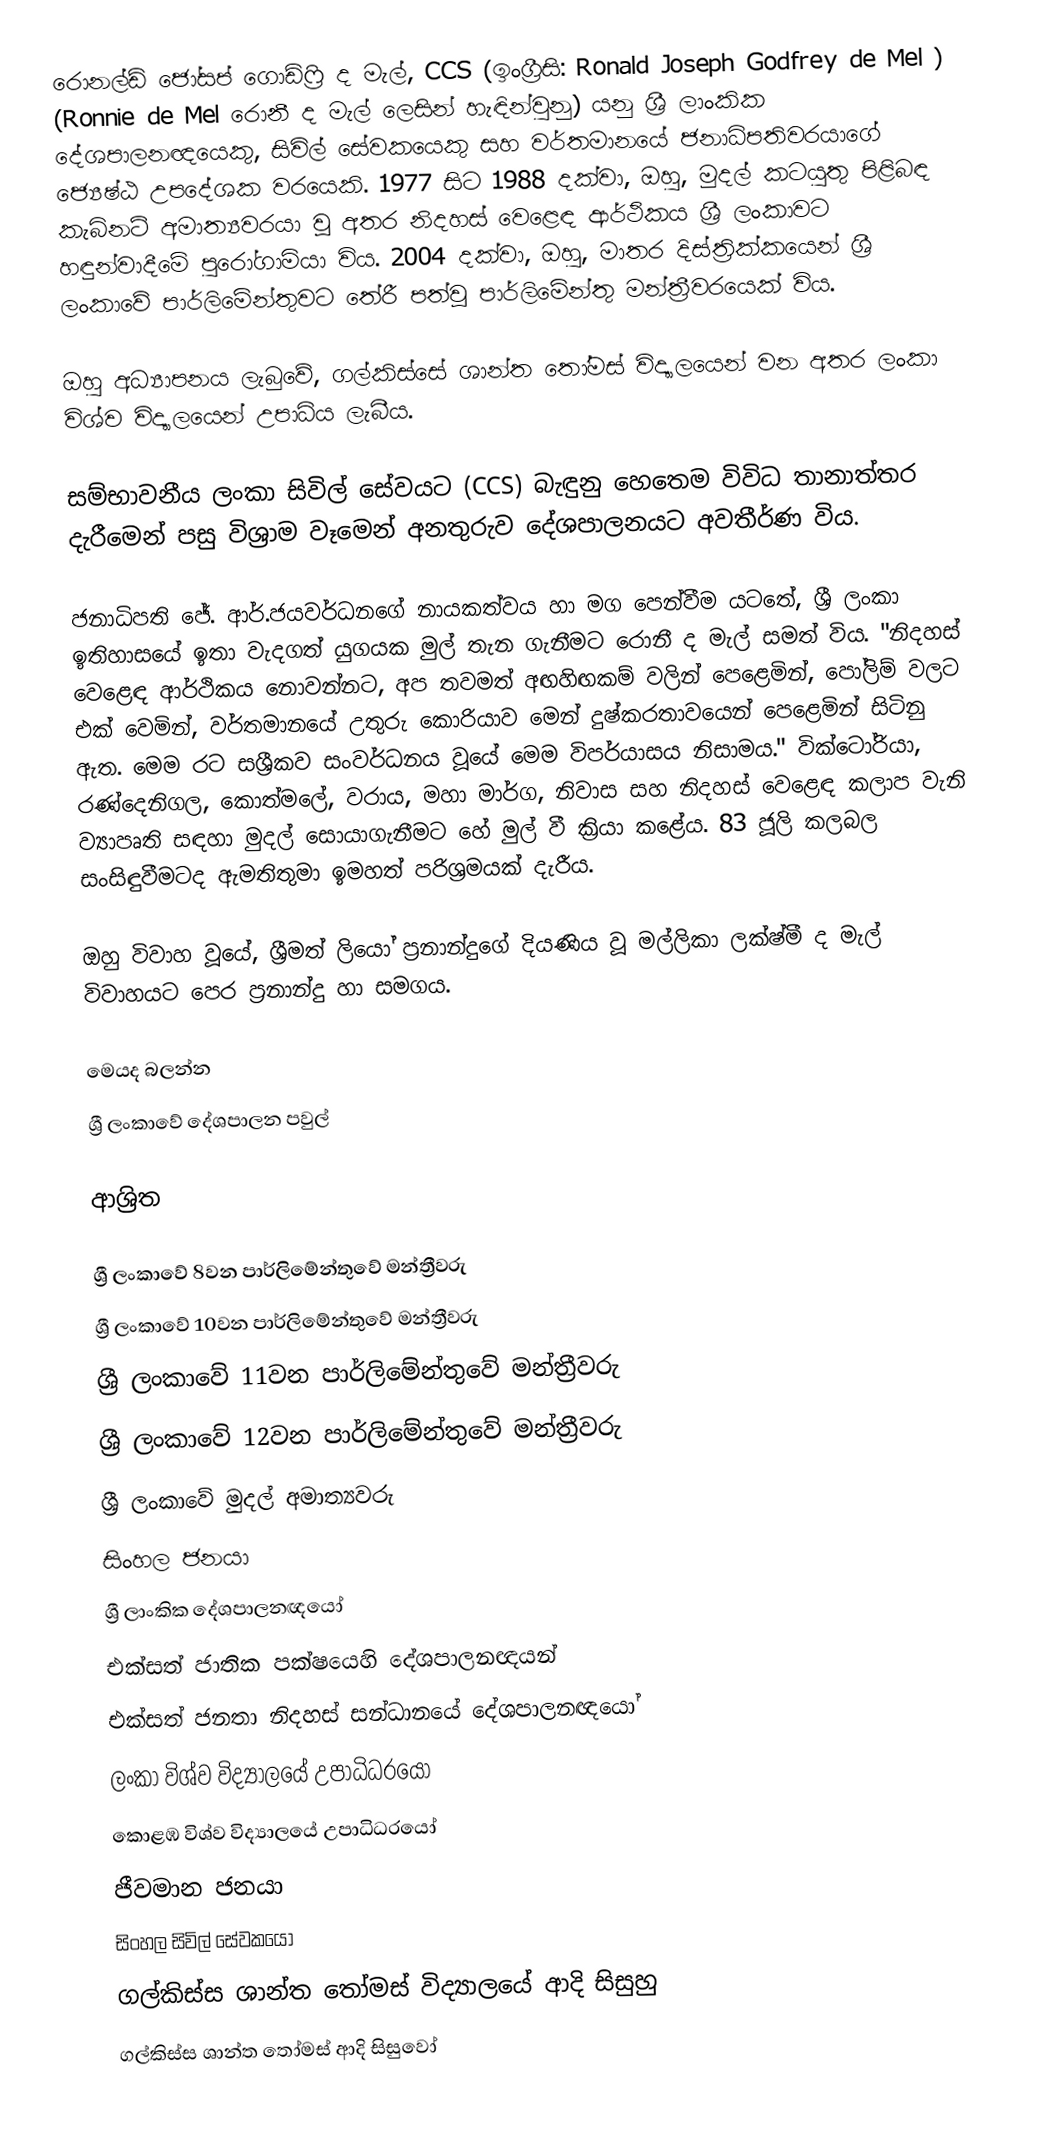
රොනල්ඩ් ජෝසප් ගොඩ්ෆ්‍රි ද මැල්, CCS (ඉංග්‍රීසි: Ronald Joseph Godfrey de Mel ) (Ronnie de Mel රොනී ද මැල් ලෙසින් හැඳින්වුනු) යනු  ශ්‍රී ලාංකික දේශපාලනඥයෙකු, සිවිල් සේවකයෙකු සහ වර්තමානයේ  ජනාධිපතිවරයාගේ ජ්‍යෙෂ්ඨ උපදේශක වරයෙකි. 1977 සිට  1988 දක්වා, ඔහු, මුදල් කටයුතු පිළිබඳ කැබිනට් අමාත්‍යවරයා වූ අතර නිදහස් වෙළෙඳ ආර්ථිකය ශ්‍රී ලංකාවට හඳුන්වාදීමේ පුරෝගාමියා විය. 2004 දක්වා, ඔහු,  මාතර දිස්ත්‍රික්කයෙන් ශ්‍රී ලංකාවේ පාර්ලිමේන්තුවට තේරී පත්වූ පාර්ලිමේන්තු මන්ත්‍රීවරයෙක් විය.

ඔහු අධ්‍යාපනය ලැබුවේ,  ගල්කිස්සේ ශාන්ත තෝමස් විද්‍යාලයෙන් වන අතර  ලංකා විශ්ව විද්‍යාලයෙන් උපාධිය ලැබීය.

සම්භාවනීය ලංකා සිවිල් සේවයට (CCS) බැඳුනු හෙතෙම විවිධ තානාත්තර දැරීමෙන් පසු විශ්‍රාම වෑමෙන් අනතුරුව දේශපාලනයට අවතීර්ණ විය.

ජනාධිපති  ජේ. ආර්.ජයවර්ධනගේ නායකත්වය හා මග පෙන්වීම යටතේ, ශ්‍රී ලංකා ඉතිහාසයේ ඉතා වැදගත් යුගයක මුල් තැන ගැනීමට රොනී ද මැල් සමත් විය. "නිදහස් වෙළෙඳ ආර්ථිකය නොවන්නට, අප තවමත් අඟහිඟකම් වලින් පෙළෙමින්, පෝලිම් වලට එක් වෙමින්, වර්තමානයේ උතුරු කොරියාව මෙන් දුෂ්කරතාවයෙන් පෙළෙමින් සිටිනු ඇත. මෙම රට සශ්‍රීකව සංවර්ධනය වූයේ මෙම විපර්යාසය නිසාමය."  වික්ටෝරියා, රණ්දෙනිගල, කොත්මලේ, වරාය, මහා මාර්ග, නිවාස සහ නිදහස් වෙළෙඳ කලාප වැනි ව්‍යාපෘති සඳහා  මුදල් සොයාගැනීමට හේ මුල් වී ක්‍රියා කළේය.  83 ජූලි කලබල සංසිඳුවීමටද ඇමතිතුමා ඉමහත් පරිශ්‍රමයක් දැරීය.

ඔහු විවාහ වූයේ, ශ්‍රීමත්  ලියෝ ප්‍රනාන්දුගේ දියණිය වූ මල්ලිකා ලක්ෂ්මී ද මැල් විවාහයට පෙර ප්‍රනාන්දු හා සමගය.

මෙයද බලන්න
 ශ්‍රී ලංකාවේ දේශපාලන පවුල්

ආශ්‍රිත

ශ්‍රී ලංකාවේ 8වන පාර්ලිමේන්තුවේ මන්ත්‍රීවරු
ශ්‍රී ලංකාවේ 10වන පාර්ලිමේන්තුවේ මන්ත්‍රීවරු
ශ්‍රී ලංකාවේ 11වන පාර්ලිමේන්තුවේ මන්ත්‍රීවරු
ශ්‍රී ලංකාවේ 12වන පාර්ලිමේන්තුවේ මන්ත්‍රීවරු
ශ්‍රී ලංකාවේ මුදල් අමාත්‍යවරු
සිංහල ජනයා
ශ්‍රී ලාංකික දේශපාලනඥයෝ
එක්සත් ජාතික පක්ෂයෙහි දේශපාලනඥයන්
එක්සත් ජනතා නිදහස් සන්ධානයේ දේශපාලනඥයෝ
ලංකා විශ්ව විද්‍යාලයේ උපාධිධරයෝ
කොළඹ විශ්ව විද්‍යාලයේ උපාධිධරයෝ
ජීවමාන ජනයා
සිංහල සිවිල් සේවකයෝ
ගල්කිස්ස ශාන්ත තෝමස් විද්‍යාලයේ ආදි සිසුහු
ගල්කිස්ස ශාන්ත තෝමස් ආදි සිසුවෝ